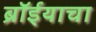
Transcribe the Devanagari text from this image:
ब्रॉईयाचा